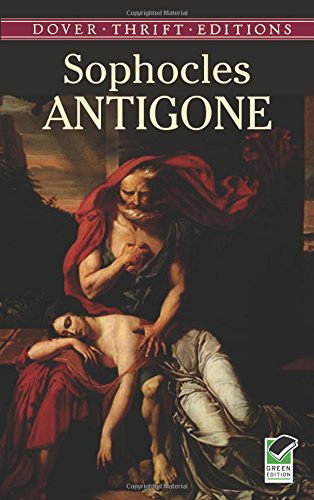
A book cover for Antigone (Dover Thrift Editions); Sophocles; Literature & Fiction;